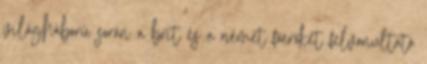
világháború során a brit és a német főerőket felvonultató